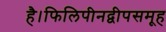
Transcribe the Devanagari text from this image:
है।फिलिपीनद्वीपसमूह